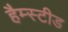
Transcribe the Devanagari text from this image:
हैम्स्टीड